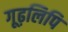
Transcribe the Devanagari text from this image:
गूढ़लिपि